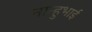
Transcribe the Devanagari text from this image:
नान्हुभाई